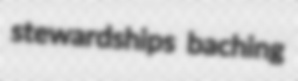
stewardships baching